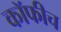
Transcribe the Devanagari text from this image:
कॉफीच